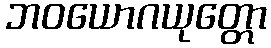
ဘဝယောဂယုတ္တော